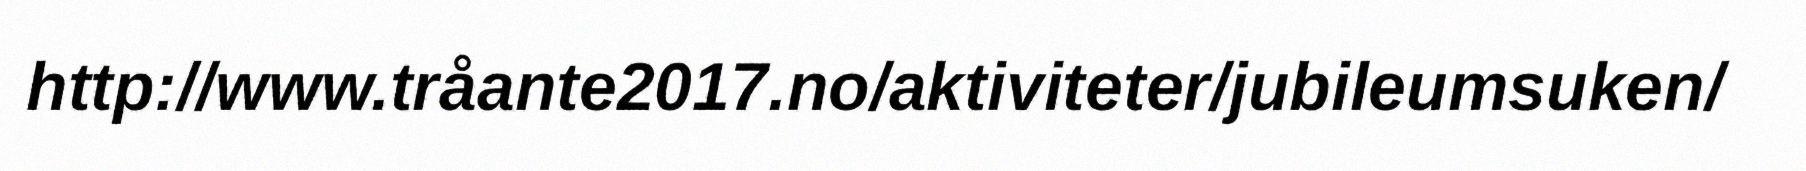
http://www.tråante2017.no/aktiviteter/jubileumsuken/